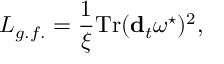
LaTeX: { \cal L } _ { g . f . } = \frac { 1 } { \xi } \mathrm { T r } ( { \bf d } _ { t } \omega ^ { \star } ) ^ { 2 } ,